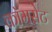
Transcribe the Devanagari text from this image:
कॉमसेट